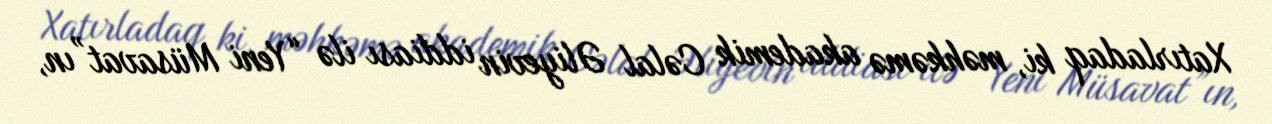
Xatırladaq ki, məhkəmə akademik Cəlal Əliyevin iddiası ilə “Yeni Müsavat”ın,